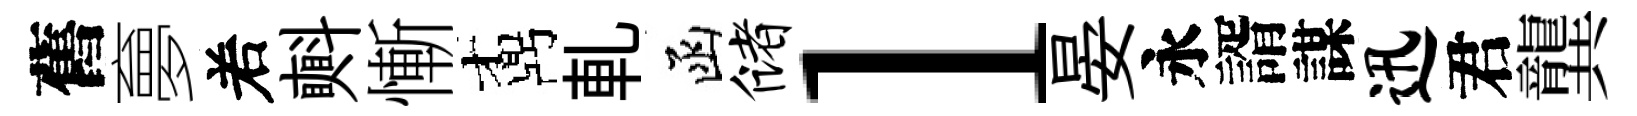
舊夣𠰥㪺慚鼒軋函储l晏永諝謀迅君龔